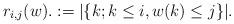
LaTeX: \begin{align*} r_{i,j}(w).: = |\{k;k\leq i,w(k)\leq j\}|. \end{align*}